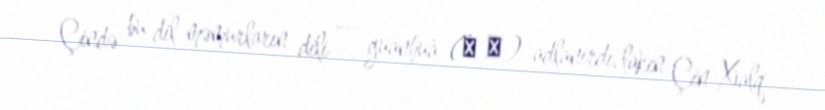
Çində bu dil məmurların dili — guānhuà (官 话) adlanırdı, lakin Çin Xalq